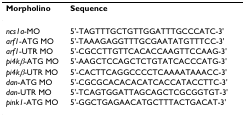
| Morpholino | Sequence |
 | --- | --- |
 | ncs1a-MO | 5'-TAGTTTGCTGTTGGATTTGCCCATC-3' |
 | arf1-ATG MO | 5'-TAAAGAGGTTTGCGAATATGTTTCC-3' |
 | arf1-UTR MO | 5'-CGCCTTGTTCACACCAAGTTCCAAG-3' |
 | pi4kβ-ATG MO | 5'-AAGCTCCAGCTCTGTATCACCCATG-3' |
 | pi4kβ-UTR MO | 5'-CACTTCAGGCCCCTCAAAATAAACC-3' |
 | dan-ATG MO | 5'-CGCGCACACACATCACCATACCTTC-3' |
 | dan-UTR MO | 5'-TCAGTGGATTAGCAGCTCGCGGTGT-3' |
 | pink1-ATG MO | 5'-GGCTGAGAACATGCTTTACTGACAT-3' |